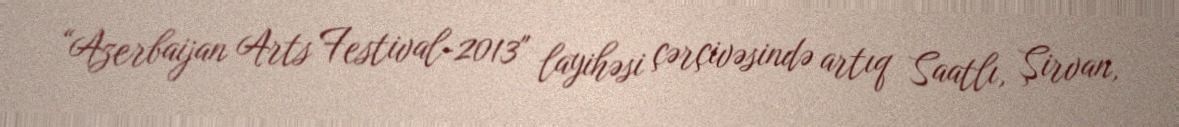
“Azerbaijan Arts Festival-2013" layihəsi çərçivəsində artıq Saatlı, Şirvan,